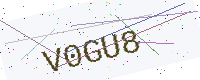
Text: V0GU8